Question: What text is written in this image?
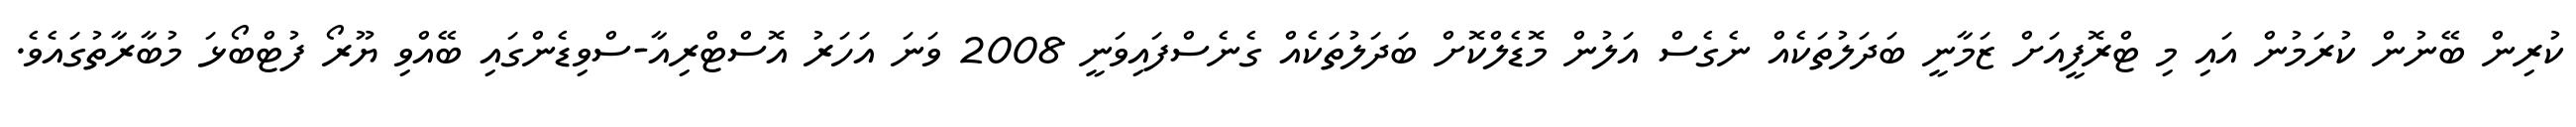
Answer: ކުރިން ބޭނުން ކުރަމުން އައި މި ޓްރޮފީއަށް ޒަމާނީ ބަދަލުތަކެއް ނެގެސް އަލުން މޮޑެލްކޮށް ބަދަލުތަކެއް ގެނެސްފައިވަނީ 2008 ވަނަ އަހަރު އޮސްޓްރިއާ-ސްވިޑެންގައި ބޭއްވި ޔޫރޯ ފުޓްބޯޅަ މުބާރާތުގައެވެ.